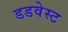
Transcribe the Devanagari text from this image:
डडवेस्ट